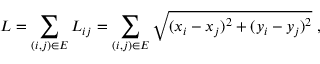
L = \sum _ { ( i , j ) \in E } L _ { i j } = \sum _ { ( i , j ) \in E } \sqrt { ( x _ { i } - x _ { j } ) ^ { 2 } + ( y _ { i } - y _ { j } ) ^ { 2 } } \; ,